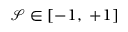
\mathcal { S } \in [ - 1 , ~ + 1 ]